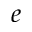
e